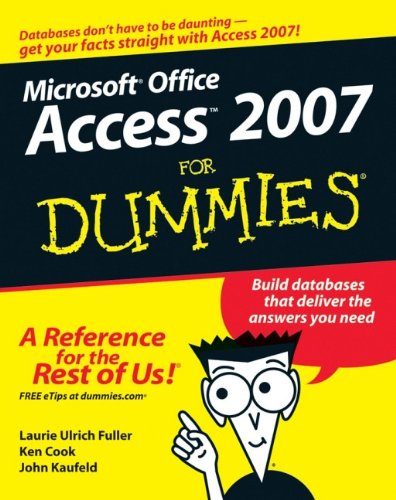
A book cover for Access 2007 For Dummies; Laurie Ulrich Fuller; Computers & Technology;